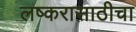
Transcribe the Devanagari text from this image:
लष्करासाठीचा